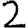
Digit: 2